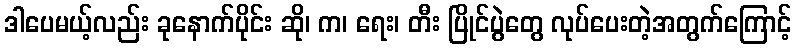
ဒါပေမယ့်လည်း ခုနောက်ပိုင်း ဆို၊ က၊ ရေး၊ တီး ပြိုင်ပွဲတွေ လုပ်ပေးတဲ့အတွက်ကြောင့်